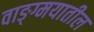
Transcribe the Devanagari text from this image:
वाङ्ग्मयातील